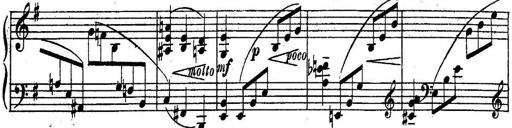
Title: Sonatine
Composer: Adrian Shaposhnikov
Key: E minor